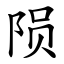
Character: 陨